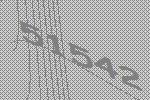
51542